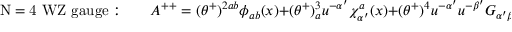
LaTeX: \mathrm { ~ N = 4 ~ W Z ~ g a u g e : } \qquad A ^ { + + } = ( \theta ^ { + } ) ^ { 2 a b } \phi _ { a b } ( x ) + ( \theta ^ { + } ) _ { a } ^ { 3 } u ^ { - \alpha ^ { \prime } } \chi _ { \alpha ^ { \prime } } ^ { a } ( x ) + ( \theta ^ { + } ) ^ { 4 } u ^ { - \alpha ^ { \prime } } u ^ { - \beta ^ { \prime } } G _ { \alpha ^ { \prime } \beta ^ { \prime } } ( x ) \ ,